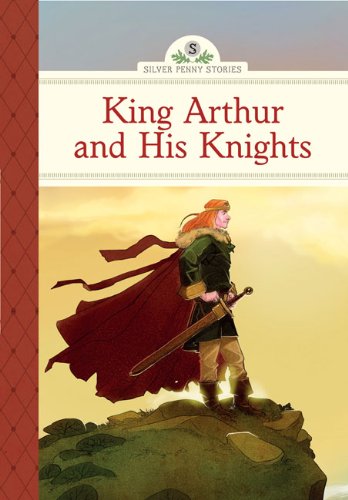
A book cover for King Arthur and His Knights (Silver Penny Stories); Diane Namm; Children's Books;